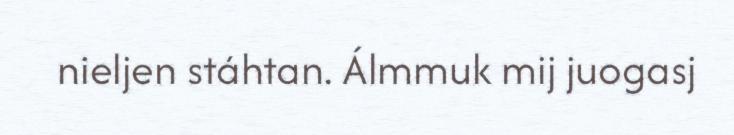
nieljen stáhtan. Álmmuk mij juogasj